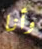
وأنا